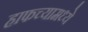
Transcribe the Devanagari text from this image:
हाफच्यामध्ये